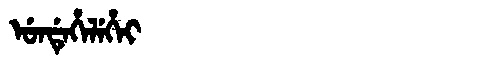
Manchu: ᡠᠨᡩᡝᡥᡝᠯᡝᡥᡝᡳ
Romanization: UNDEHELEHEI